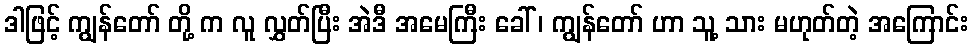
ဒါဖြင့် ကျွန်တော် တို့ က လူ လွှတ်ပြီး အဲဒီ အမေကြီး ခေါ် ၊ ကျွန်တော် ဟာ သူ့ သား မဟုတ်တဲ့ အကြောင်း